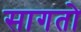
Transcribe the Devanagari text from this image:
सागतो